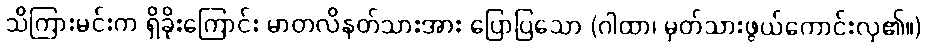
သိကြားမင်းက ရှိခိုးကြောင်း မာတလိနတ်သားအား ပြောပြသော (ဂါထာ၊ မှတ်သားဖွယ်ကောင်းလှ၏။)